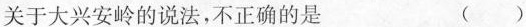
关于大兴安岭的说法，不正确的是 ( )